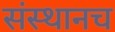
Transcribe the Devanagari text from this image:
संस्थानच